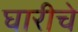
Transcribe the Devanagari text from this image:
घारीचे